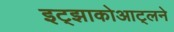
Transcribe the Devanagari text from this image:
इट्झाकोआट्लने